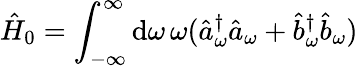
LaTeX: \hat{H}_{0}=\int_{-\infty}^{\infty}\mathrm{d}\omega\, \omega(\hat{a}_{\omega}^{\dagger}\hat{a}_{\omega}+\hat{b}_{\omega}^{\dagger}\hat{b}_{\omega})